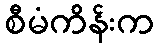
စီမံကိန်းက